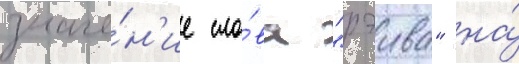
значе́н'ие сло́ва "рэива" на́